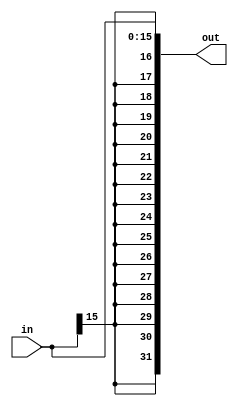
module SE(in,out);
    input [15:0] in;
    output [31:0] out;

    assign out = {{16{in[15]}},in};
endmodule